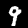
Label: 9